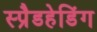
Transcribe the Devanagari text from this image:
स्प्रैडहेडिंग